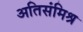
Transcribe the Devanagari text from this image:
अतिसंमिश्र